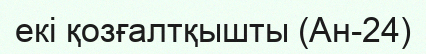
екі қозғалтқышты (Ан-24)